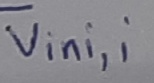
Text: vini,i